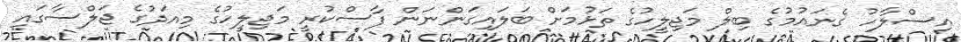
އިސްލާހު ގެނައުމުގެ ބިލް މަޖިލީހުގެ ތަޅުމަށް ބަލައިގަންނަން ފާސްކުރީ މަޖިލީހުގެ މިއަދުގެ ޖަލްސާގައި